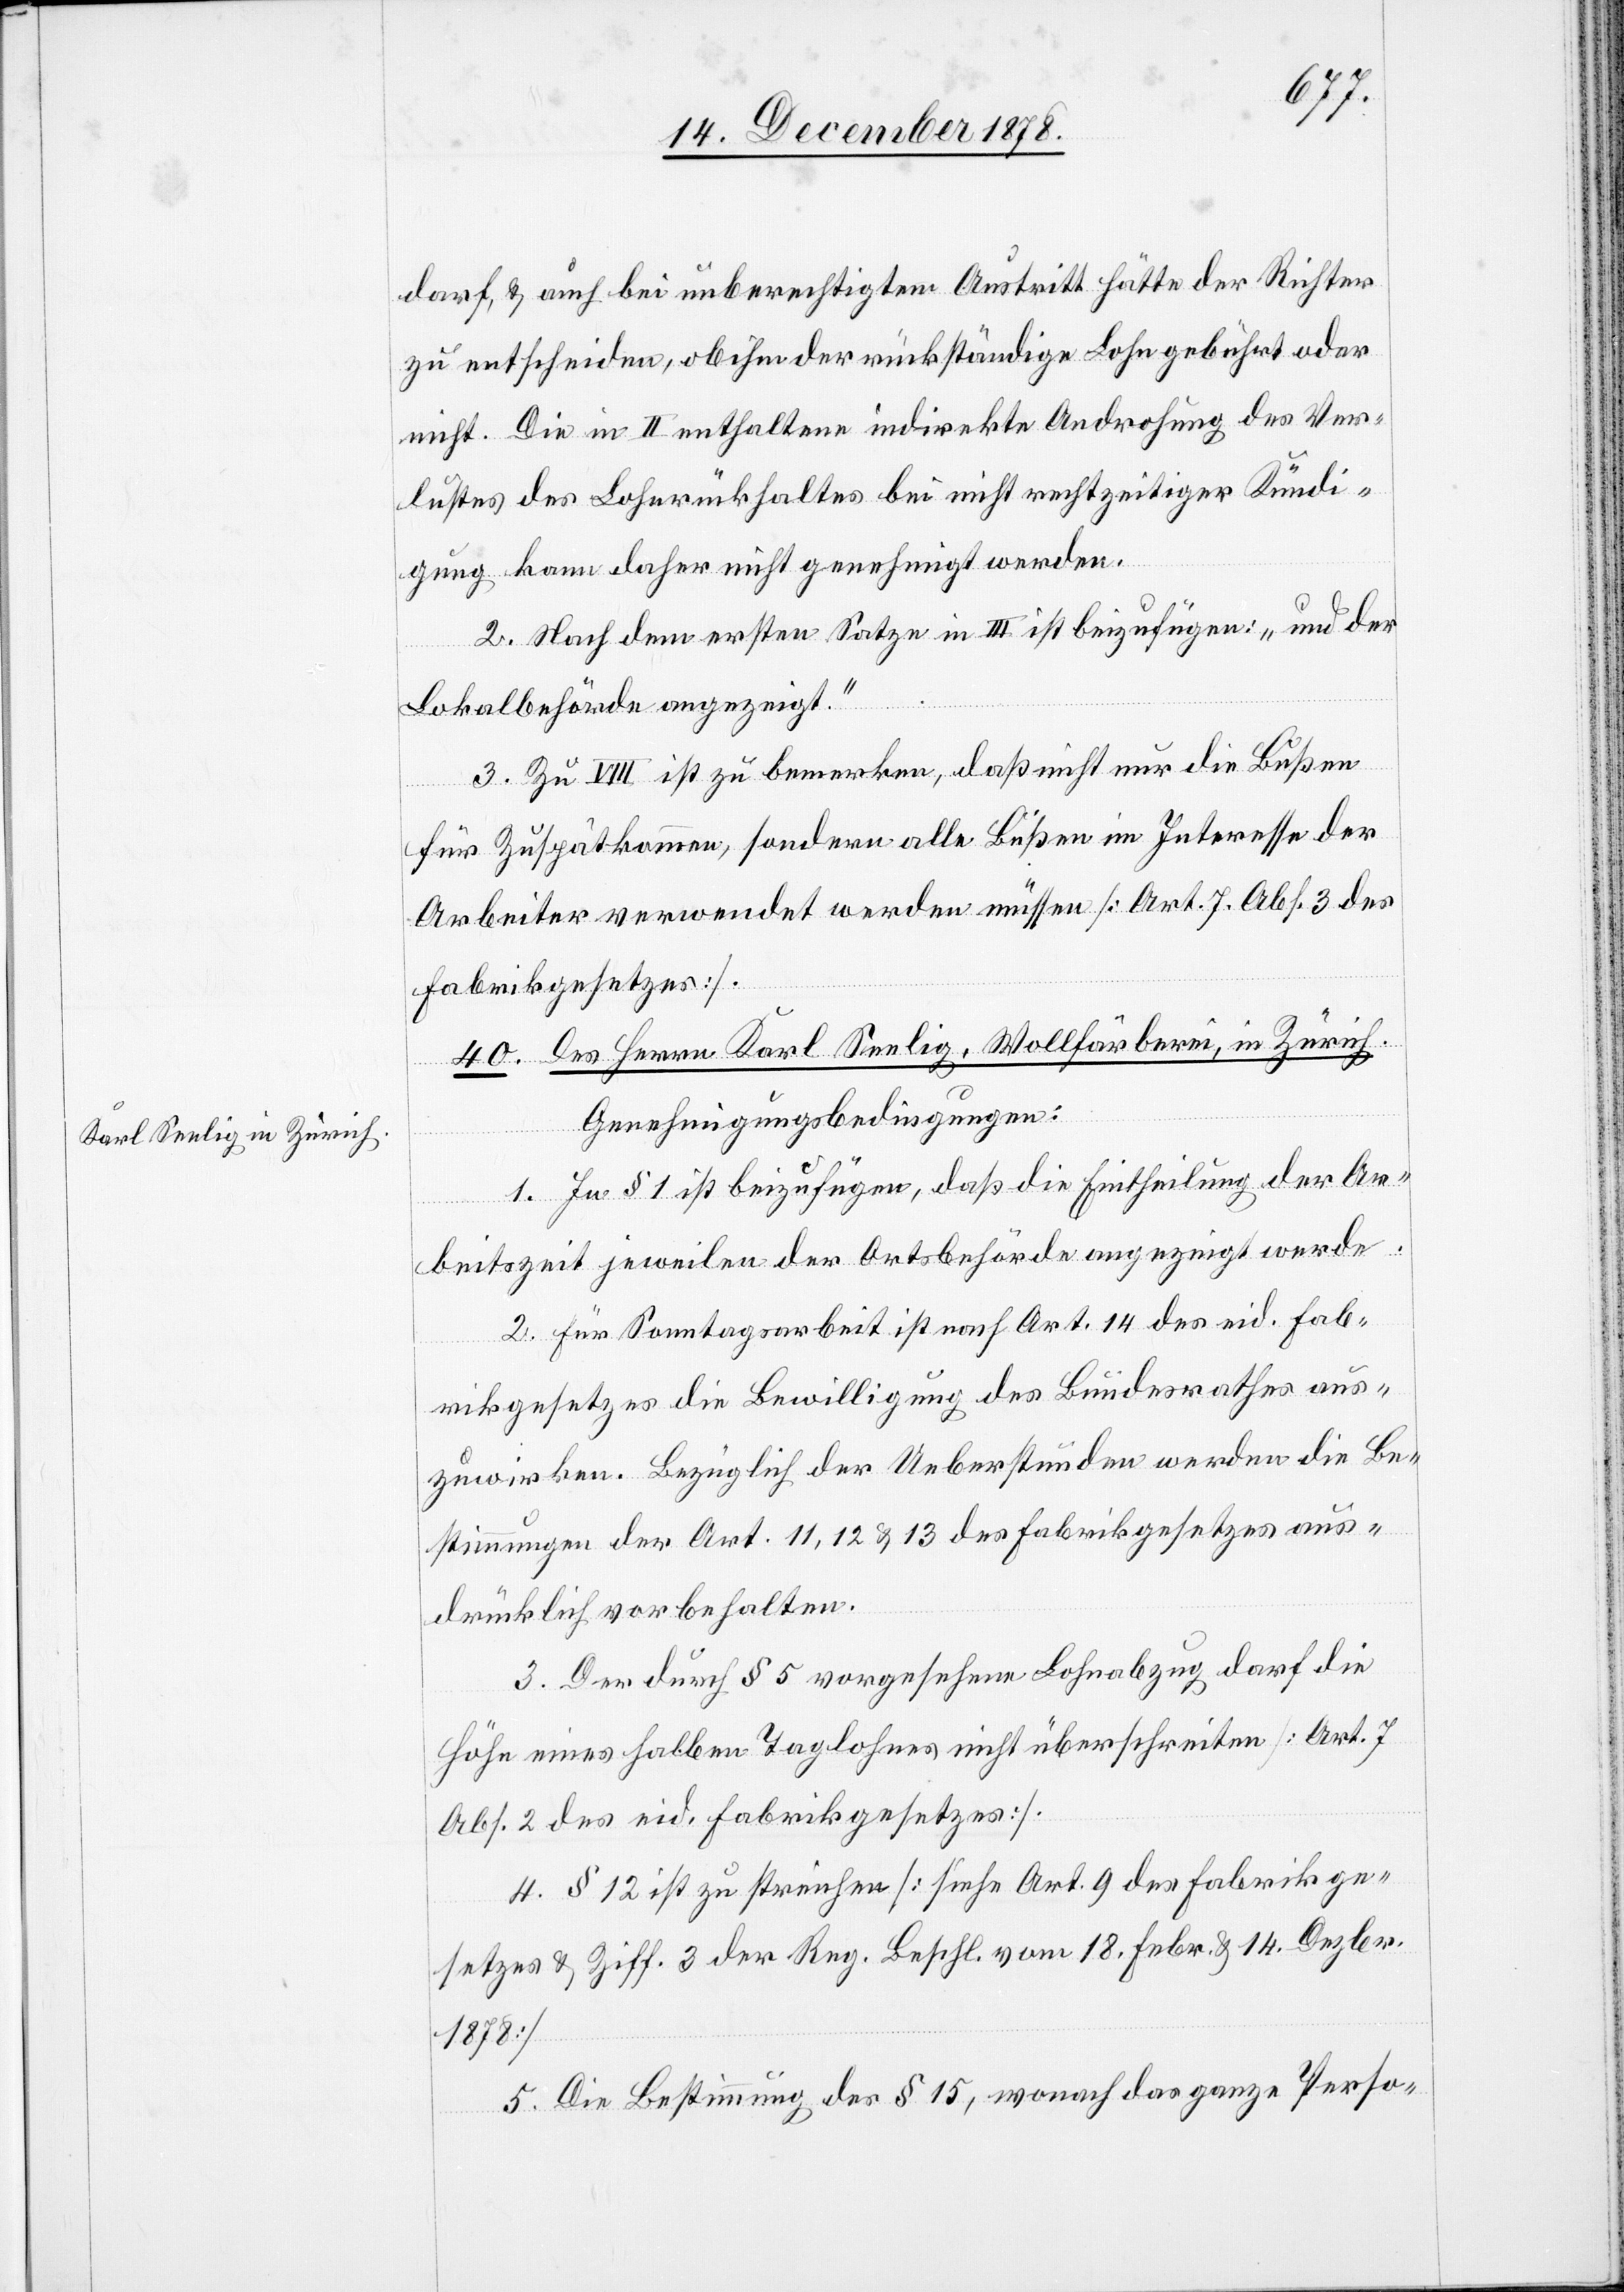
darf & auch bei unberechtigtem Austritt hätte der Richter
zu entscheiden, ob ihm der rückständige Lohn gebührt oder
nicht. Die in II enthaltene indirekte Androhung des Ver¬
lustes des Lohnrückhaltes bei nicht rechtzeitiger Kündi¬
gung kann daher nicht genehmigt werden.
2. Nach dem ersten Satze in III. ist beizufügen: „und der
Lokalbehörde angezeigt.“
3. Zu VIII ist zu bemerken, daß nicht nur die Bußen
berei in
für Zuspätkommen, sondern alle Bußen im Interesse der
Arbeiter verwendet werden müssen [Art. 7 Abs. 3 des
Fabrikgesetzes].
Genehmigungsbedingungen:
des
1. In § 1 ist beizufügen, daß die Eintheilung der Ar¬
beitszeit jeweilen der Ortsbehörde angezeigt werde.
2. Für Sonntagsarbeit ist nach Art. 14 des eid. Fab¬
rikgesetzes die Bewilligung des Bundesrathes aus¬
zuwirken. Bezüglich der Ueberstunden werden die Be¬
stimmungen der Art. 11, 12 & 13 des Fabrikgesetzes aus¬
drücklich vorbehalten.
3. Der durch § 5 vorgesehene Lohnabzug darf die
Höhe eines halben Taglohnes nicht überschreiten [Art. 7
Abs. 2 des eid. Fabrikgesetzes].
4. § 12 ist zu streichen [siehe Art. 9 des Fabrikge¬
setzes & Ziff. 3 der Reg. Beschl. vom 18. Febr. & 14. Dezbr.
1878]
5. Die Bestimmung des § 15, wonach das ganze Perso-